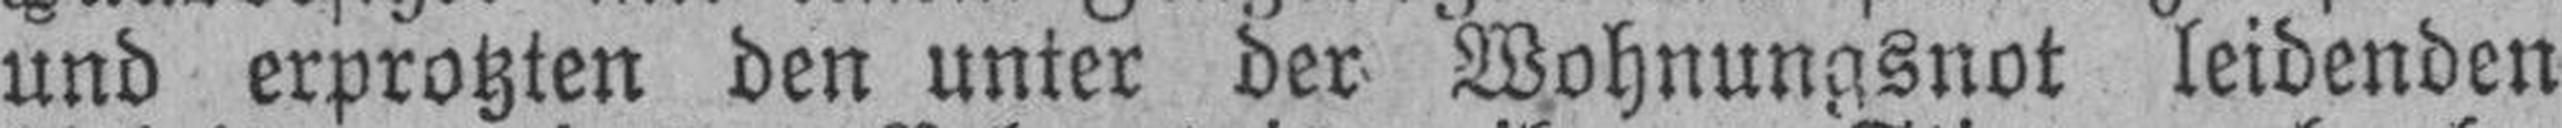
und erprotzten den unter der Wohnungsnot leidenden